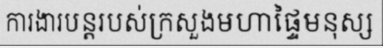
ការងារបន្តរបស់ក្រសួងមហាផ្ទៃមនុស្ស